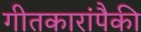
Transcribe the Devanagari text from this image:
गीतकारांपैकी